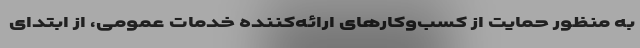
به منظور حمایت از کسب‌وکارهای ارائه‌کننده خدمات عمومی، از ابتدای